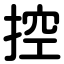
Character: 控